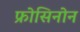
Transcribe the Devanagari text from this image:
फ्रोसिनोन